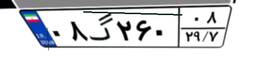
۰۸گ۲۶۰۰۸